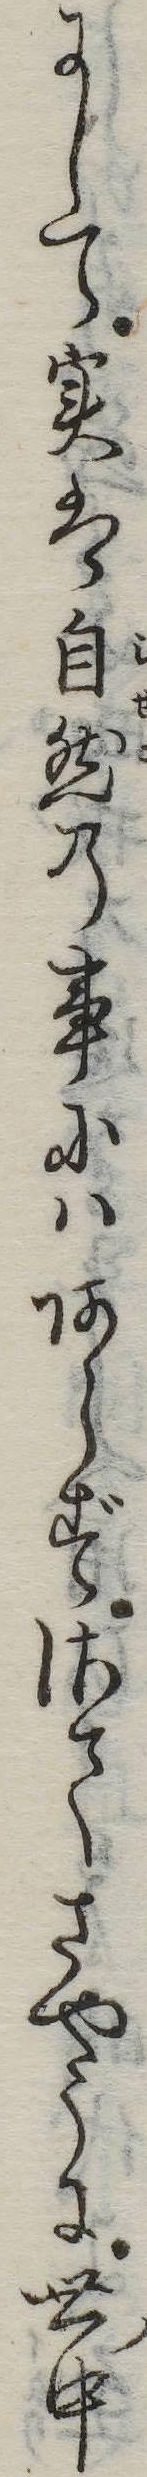
にして実は自然の事にはあらずさてさやうに世中